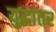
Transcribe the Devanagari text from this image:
युद्धांतर